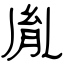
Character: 胤